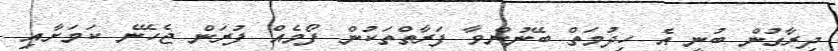
ދިރާގުން ބުނީ އެ ހިދުމަތް ބޭނުންވާ ފަރާތްތަކުން ފޯމެއް ފުރަން ޖެހޭނެ ކަމަށާއި